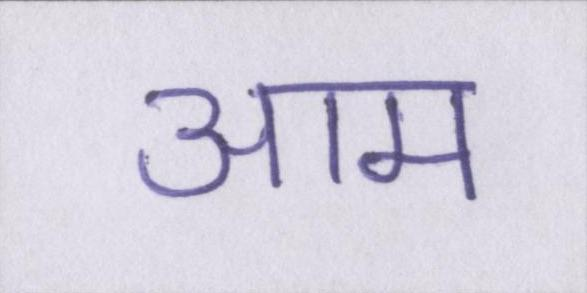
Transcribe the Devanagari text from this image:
आम